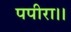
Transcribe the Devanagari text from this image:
पपीरा।।